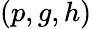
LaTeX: (p,g,h)